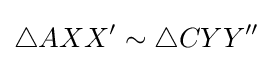
\triangle AXX'\sim \triangle CYY''